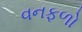
વનફળો